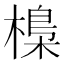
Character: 𣘖